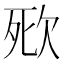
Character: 㰷